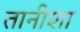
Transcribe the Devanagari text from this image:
तानीशा